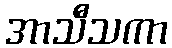
အာသီသကာ